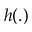
h ( . )